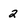
Character: 2